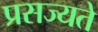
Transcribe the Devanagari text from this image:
प्रसज्यते